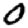
Digit: 0